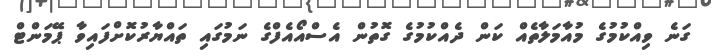
ގަނެ ވިއްކުމުގެ މުއާމަލާތެއް ކަން ދެއްކުމުގެ ގޮތުން އެސްއޯއެފްގެ ނަމުގައި ތައްޔާރުކޮށްފައިވާ ޕޭމަންޓް